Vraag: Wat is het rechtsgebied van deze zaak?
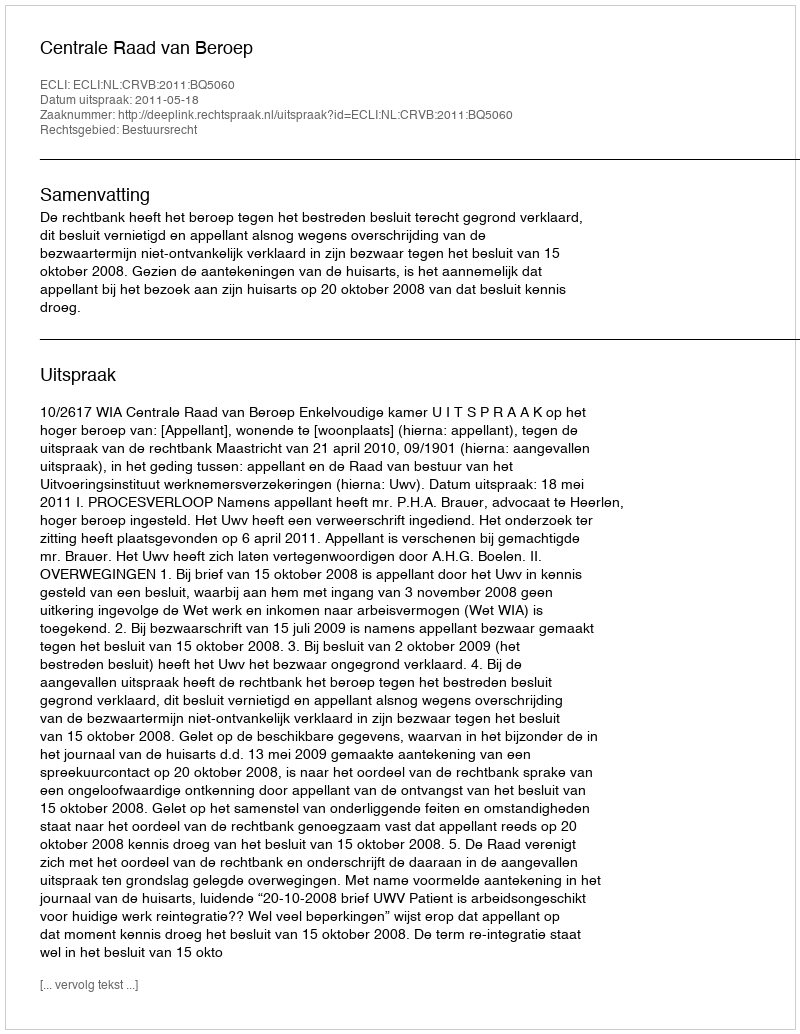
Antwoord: Bestuursrecht